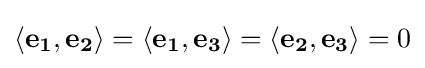
\left\langle \mathbf {e_{1}} ,\mathbf {e_{2}} \right\rangle =\left\langle \mathbf {e_{1}} ,\mathbf {e_{3}} \right\rangle =\left\langle \mathbf {e_{2}} ,\mathbf {e_{3}} \right\rangle =0